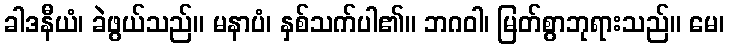
ခါဒနီယံ၊ ခဲဖွယ်သည်။ မနာပံ၊ နှစ်သက်ပါ၏။ ဘဂဝါ၊ မြတ်စွာဘုရားသည်။ မေ၊